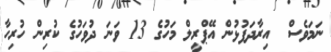
ނަމަވެސް  އިރާދަފުޅުން އޭޕްރީލް މަހުގެ 13 ވަނަ ދުވަހުގެ ކުރިން ހުރިހާ